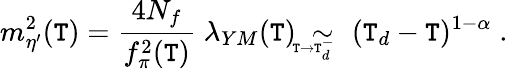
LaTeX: m_{\eta^{\prime}}^{2}(\mathtt{T})=\frac{{4N_{f}}}{{f_{\pi}^{2}(\mathtt{T})}}\; \lambda_{YM}(\mathtt{T})\; \sim_{\! \! \! \! \! \! \! \! \! _{\mathtt{T}\rightarrow\mathtt{T}_{d}^{-}}}\; (\mathtt{T}_{d}-\mathtt{T})^{1-\alpha}\; .